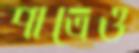
পাত্রেও